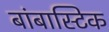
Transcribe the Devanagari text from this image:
बांबास्टिक